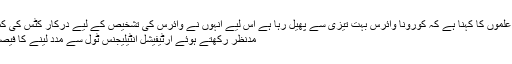
طالب علموں کا کہنا ہے کہ کورونا وائرس بہت تیزی سے پھیل رہا ہے اس لیے انہوں نے وائرس کی تشخیص کے لیے درکار کٹس کی کمی کو
مدنظر رکھتے ہوئے آرٹیفیشل انٹیلیجنس ٹول سے مدد لینے کا فیصلہ کیا۔